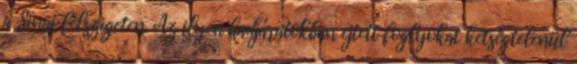
a Sinai félszigeten. Az ilyen hadjáratokban ejtett foglyokat kétségtelenül